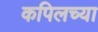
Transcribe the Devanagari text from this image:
कपिलच्या